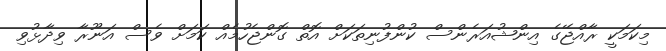
މިކަމަކީ ރާއްޖޭގެ އިންޝުއަރެންސް ކުންފުނިތަކަށް އޮތް ގޮންޖެހުމެއް ކަމަށް ވެސް އަނޫރާ ވިދާޅުވި